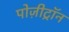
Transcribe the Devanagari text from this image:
पोज़ीट्रॉन